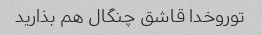
توروخدا قاشق چنگال هم بذارید